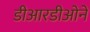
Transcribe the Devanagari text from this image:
डीआरडीओने